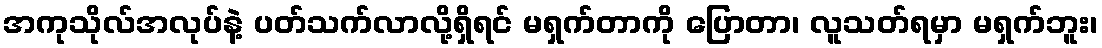
အကုသိုလ်အလုပ်နဲ့ ပတ်သက်လာလို့ရှိရင် မရှက်တာကို ပြောတာ၊ လူသတ်ရမှာ မရှက်ဘူး၊